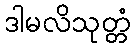
ဒါမလိသုတ္တံ